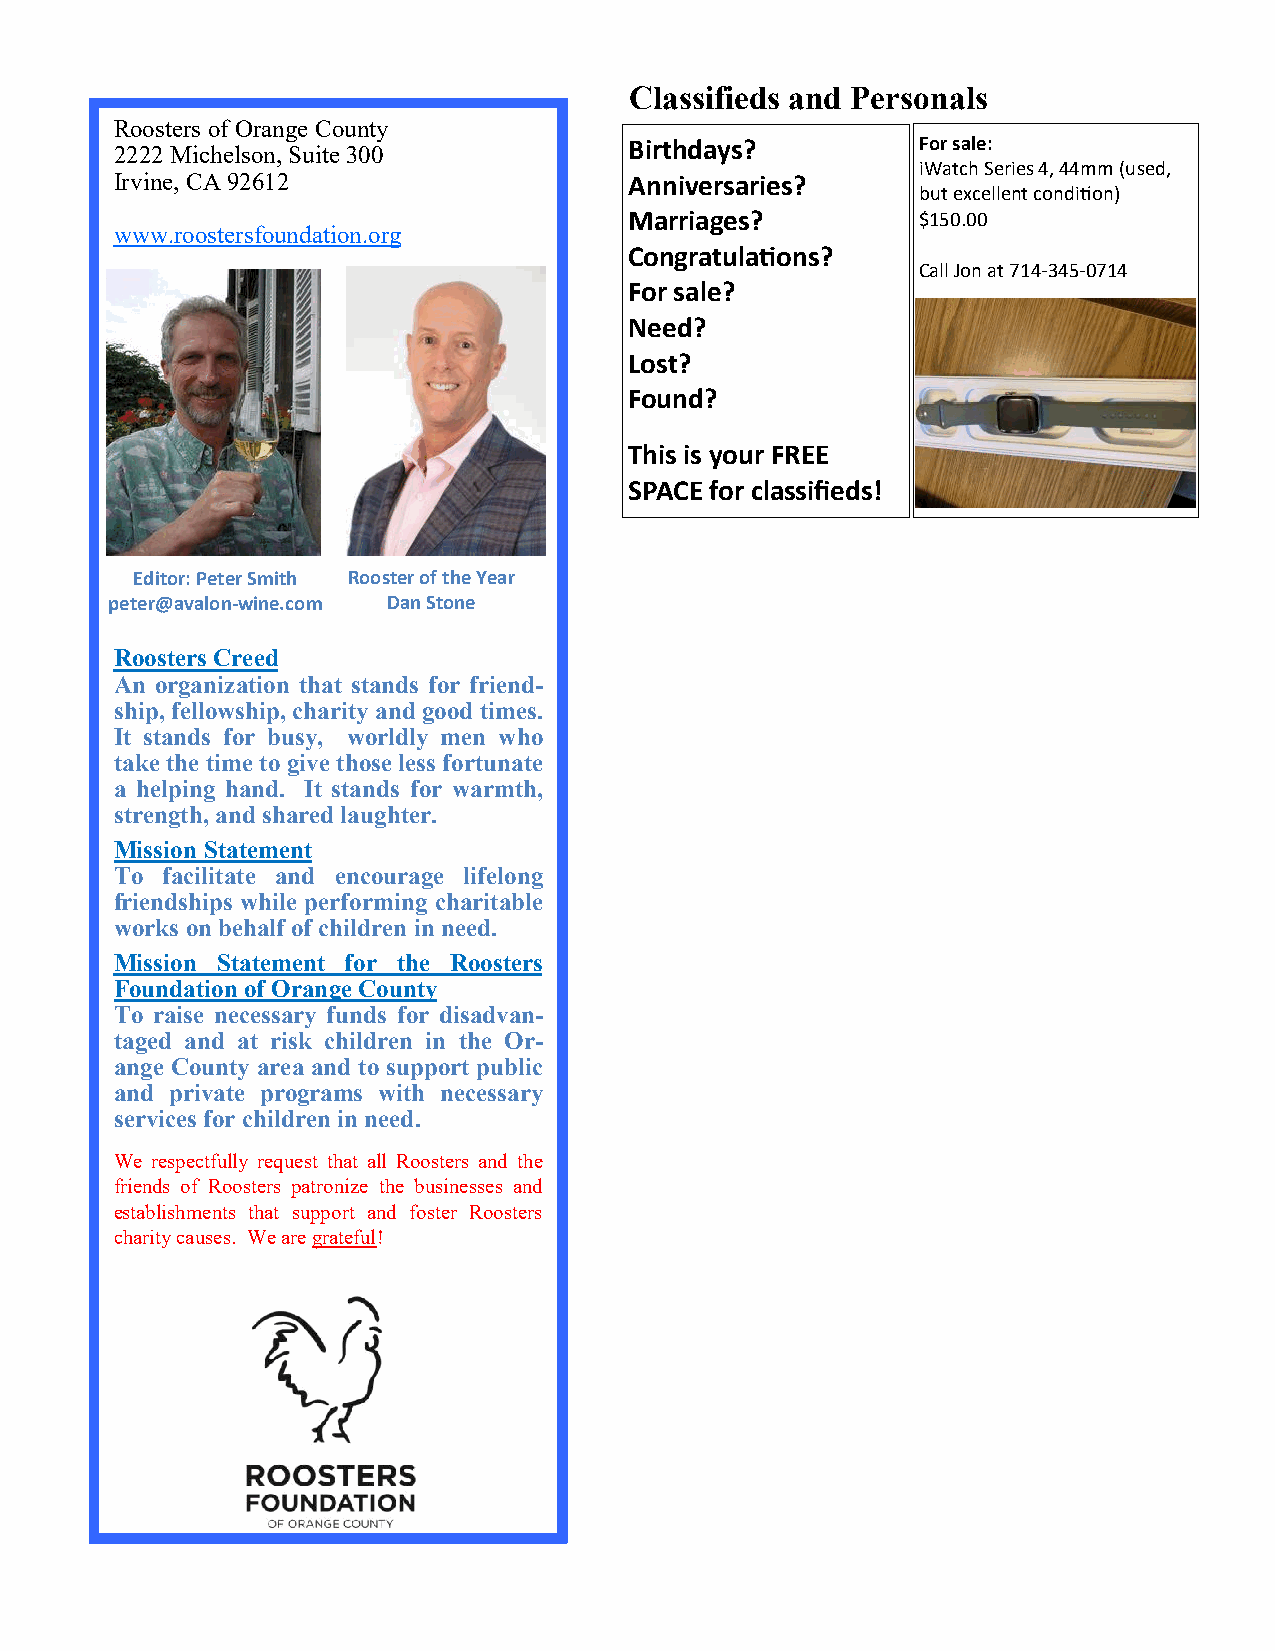
Classifieds and Personals
 Roosters of Orange County
 Birthdays?         For sale:
 2222 Michelson, Suite 300
 iWatch Series 4, 44mm (used,
 Irvine, CA 92612                  Anniversaries?
 but excellent condition)
 Marriages?         $150.00
 www.roostersfoundation.org
 Congratulations?
 Call Jon at 714-345-0714
 For sale?
 Need?
 Lost?
 Found?
 This is your FREE
 SPACE for classifieds!
 Editor: Peter Smith Rooster of the Year
 peter@avalon-wine.com Dan Stone
 Roosters Creed
 An organization that stands for friend-
 ship, fellowship, charity and good times.
 It stands for busy, worldly men who
 take the time to give those less fortunate
 a helping hand. It stands for warmth,
 strength, and shared laughter.
 Mission Statement
 To facilitate and encourage lifelong
 friendships while performing charitable
 works on behalf of children in need.
 Mission Statement for the Roosters
 Foundation of Orange County
 To raise necessary funds for disadvan-
 taged and at risk children in the Or-
 ange County area and to support public
 and private programs with necessary
 services for children in need.
 We respectfully request that all Roosters and the
 friends of Roosters patronize the businesses and
 establishments that support and foster Roosters
 charity causes. We are grateful!